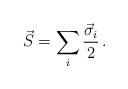
LaTeX: \begin{align*}\vec S = \sum_i {\vec \sigma_i\over 2} \, .\end{align*}